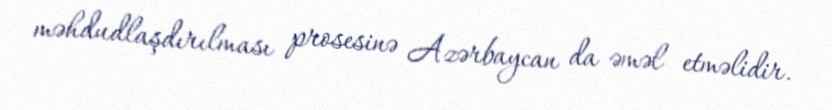
məhdudlaşdırılması prosesinə Azərbaycan da əməl etməlidir.